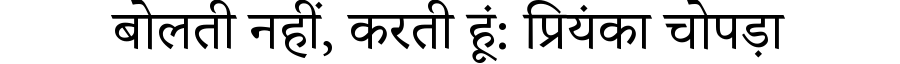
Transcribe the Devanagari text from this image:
बोलती नहीं, करती हूं: प्रियंका चोपड़ा